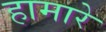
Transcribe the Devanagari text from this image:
हामारे